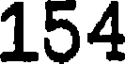
154